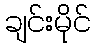
ချင်းမိုင်